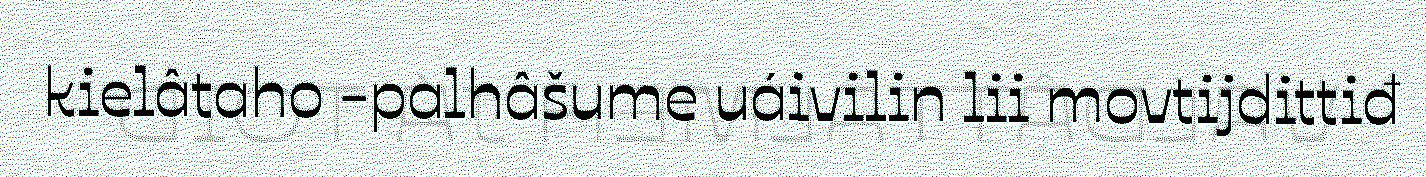
kielâtaho -palhâšume uáivilin lii movtijdittiđ